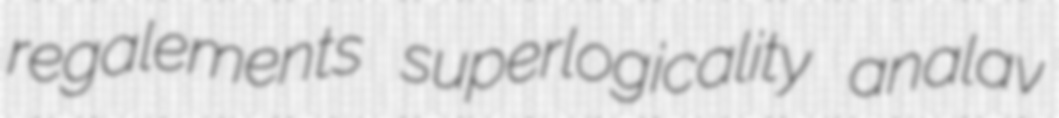
regalements superlogicality analav